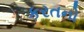
કરતનો